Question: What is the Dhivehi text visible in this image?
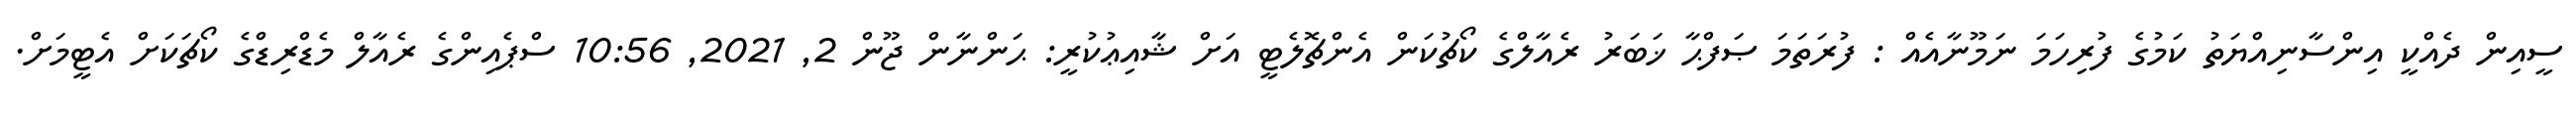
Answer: ސީއިން ދެއްކީ އިންސާނިއްޔަތު ކަމުގެ ފުރިހަމަ ނަމޫނާއެއް : ފުރަތަމަ ޞަފްޙާ ޚަބަރު ރެއާލްގެ ކޯޗުކަން އެންޗޮލެޓީ އަށް ޝާއިޢުކުރީ: ޙަންނާން ޖޫން 2, 2021, 10:56 ސްޕެއިންގެ ރެއާލް މެޑްރިޑްގެ ކޯޗަކަށް އެޓީމަށް.